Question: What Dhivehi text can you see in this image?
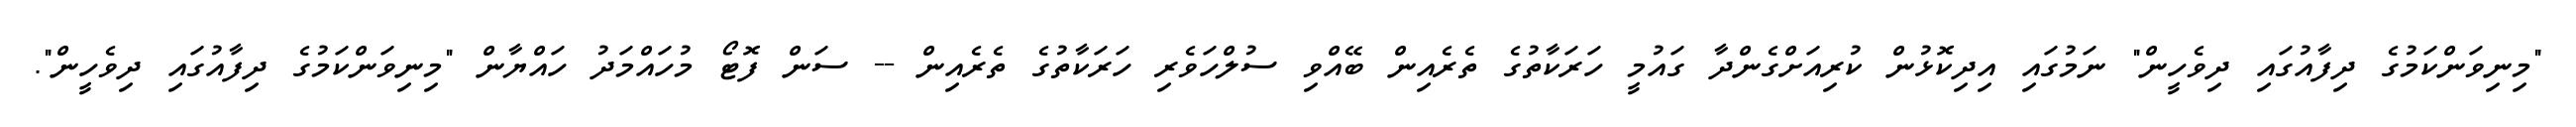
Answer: "މިނިވަންކަމުގެ ދިފާއުގައި ދިވެހީން" ނަމުގައި އިދިކޮޅުން ކުރިއަށްގެންދާ ގައުމީ ހަރަކާތުގެ ތެރެއިން ބޭއްވި ސުލްހަވެރި ހަރަކާތުގެ ތެރެއިން -- ސަން ފޮޓޯ މުހައްމަދު ހައްޔާން "މިނިވަންކަމުގެ ދިފާއުގައި ދިވެހީން".